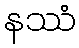
နဿံ